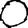
Digit: 0